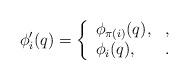
LaTeX: \begin{align*}\phi'_i(q)= \left\{ \begin{array}{ll} \phi_{\pi(i)} (q), & , \\ \phi_i (q), &. \end{array} \right.\end{align*}